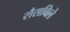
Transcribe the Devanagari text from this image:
रौसविले